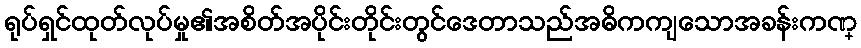
ရုပ်ရှင်ထုတ်လုပ်မှု၏အစိတ်အပိုင်းတိုင်းတွင်ဒေတာသည်အဓိကကျသောအခန်းကဏ္